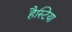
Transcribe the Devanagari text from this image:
हैस्टिया